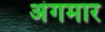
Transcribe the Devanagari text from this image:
अंगमार